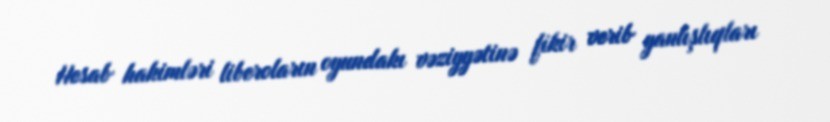
Hesab hakimləri liberoların oyundakı vəziyyətinə fikir verib yanlışlıqları